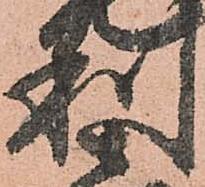
利